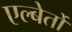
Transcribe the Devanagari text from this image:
एल्बेर्तो